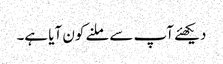
دیکھئے آپ سے ملنے کون آیا ہے۔